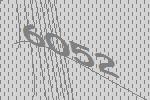
6052